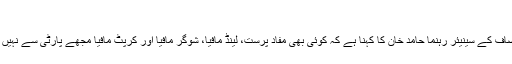
حامد خان
تحریک انصاف کے سینیئر رہنما حامد خان کا کہنا ہے کہ کوئی بھی مفاد پرست، لینڈ مافیا، شوگر مافیا اور کرپٹ مافیا مجھے پارٹی سے نہیں نکال سکتا۔